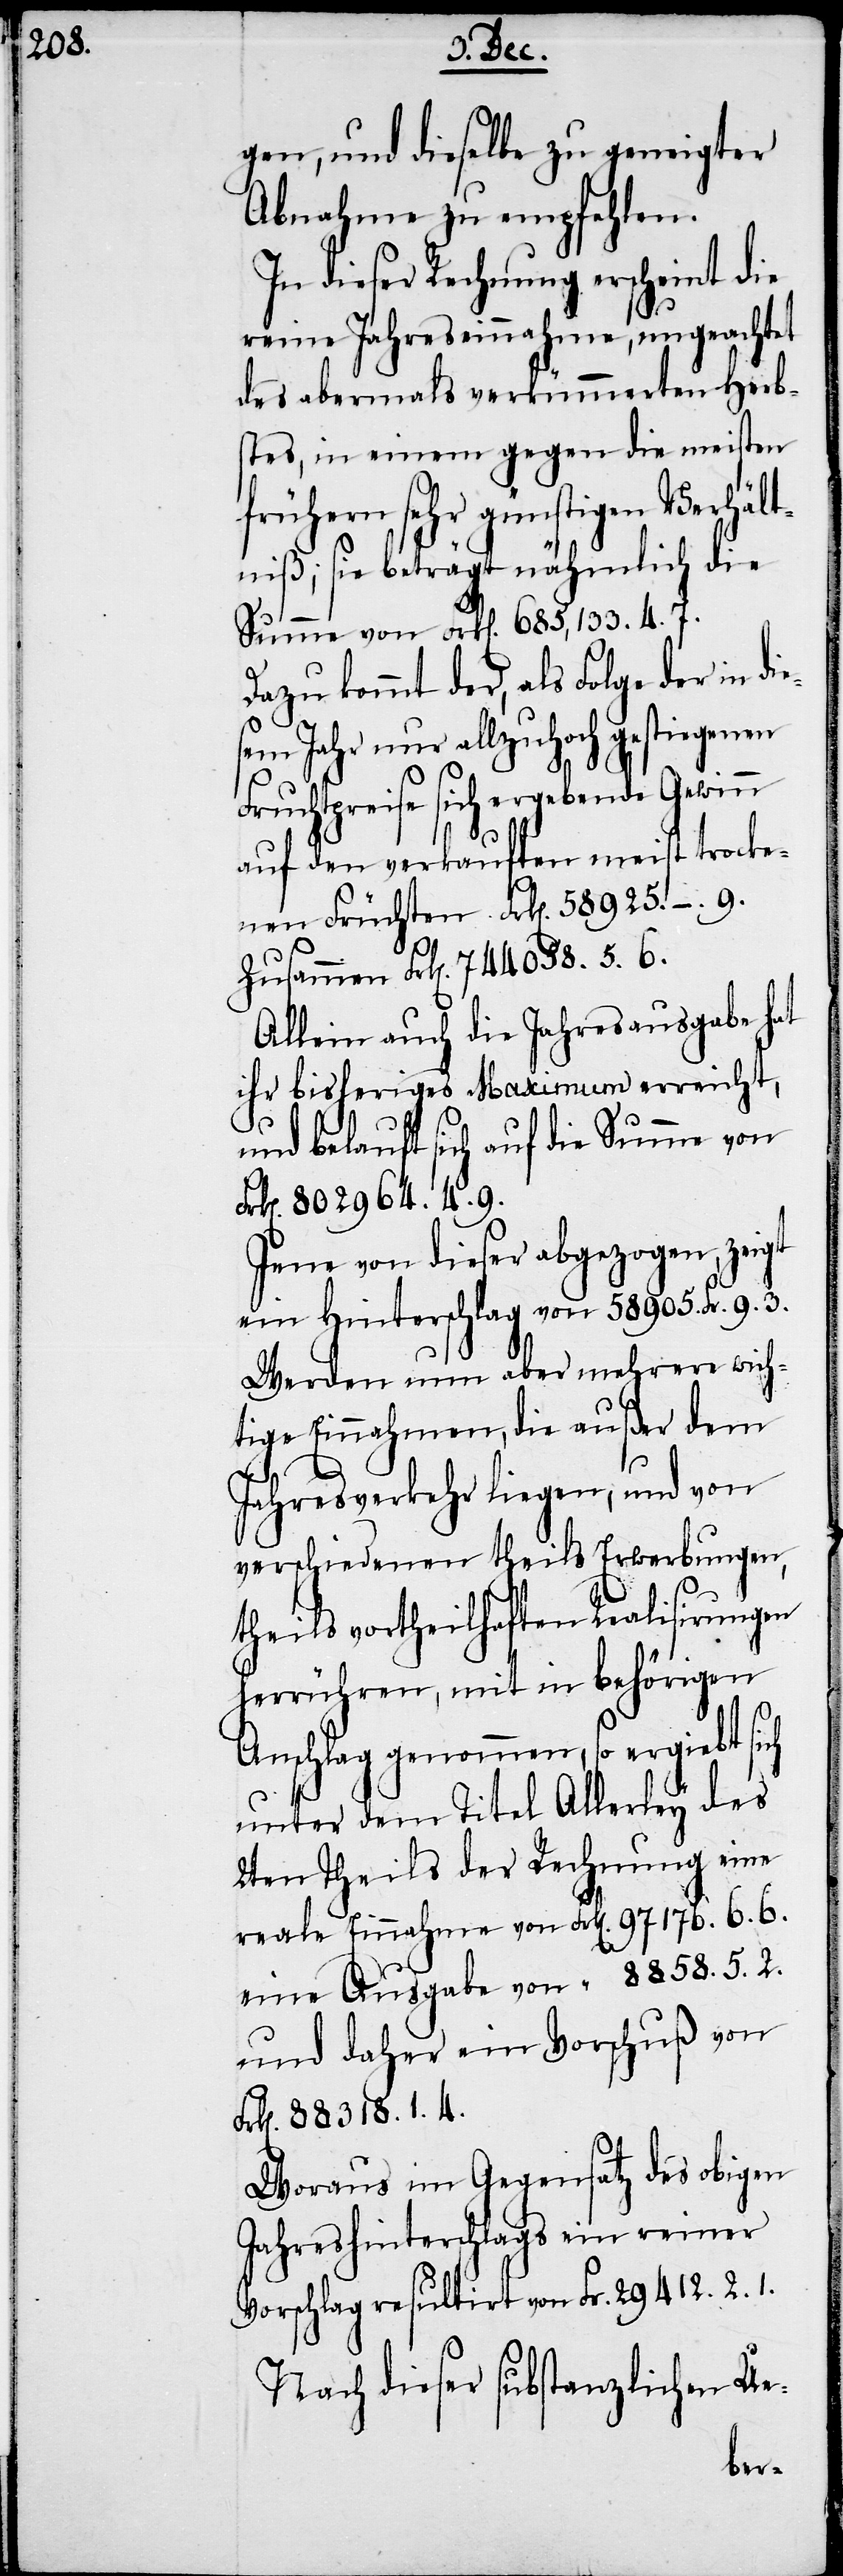
gen, und dieselbe zu geneigter
Abnahme zu empfehlen.
In dieser Rechnung erscheint die
reine Jahreseinnahme, ungeachtet
des abermals verkümmerten Herbs¬
tes, in einem gegen die meisten
frühern sehr günstigen Verhält¬
niß; sie beträgt nähmlich die
Summe von Frk[en]. 685,133. 4. 7.
Dazu kommt der, als Folge der in di¬
sem Jahr nur allzuhoch gestiegenen
Fruchtpreise sich ergebende Gewinn
auf den verkauften meist trocke¬
nen Früchten Frk[en]. 58925. −. 9.
Zusammen Frk[en]. 744058. 5. 6.
Allein auch die Jahresausgabe hat
ihr bisheriges Maximum erreicht,
und belauft sich auf die Summe von
k[en]. 802964. 4. 9.
Jene von dieser abgezogen, zeigt
ein Hinterschlag von 58905. Fr. 9. 3.
Werden nun aber mehrere wich¬
tige Einnahmen, die außer dem
Fr¬
Jahresverkehr liegen, und von
verschiedenen theils Erwerbungen,
theils vortheilhaften Realisirungen
herrühren, mit in behörigen
Anschlag genommen, so ergiebt sich
unter dem Titel Allerley des
2ten Theils der Rechnung eine
reale Einnahme von Frk[en]. 97176. 6. 6.
eine Ausgabe von 	 “ 8858. 5. 2.
und daher ein Vorschuß von
Frk[en]. 88318. 1. 4.
Woraus im Gegensatz des obigen
Jahreshinterschlags ein reiner
Vorschlag resultirt von Fr. 29412. 2. 1.
Nach dieser substanzlichen Ue-